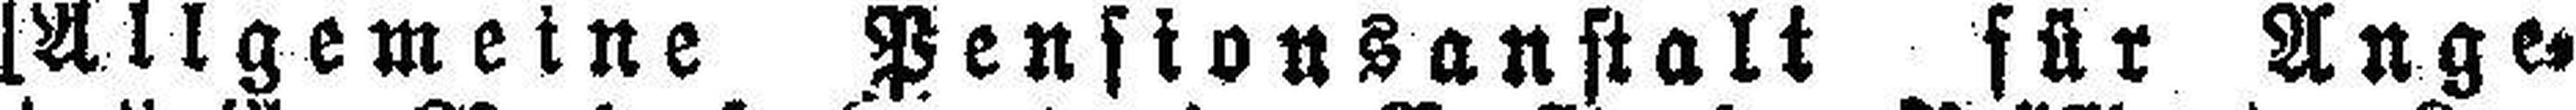
[Allgemeine Pensionsanstalt für Ange¬